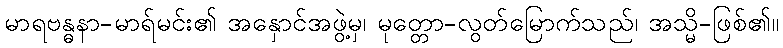
မာရဗန္ဓနာ-မာရ်မင်း၏ အနှောင်အဖွဲ့မှ၊ မုတ္တော-လွတ်မြောက်သည်၊ အသ္မိ-ဖြစ်၏။